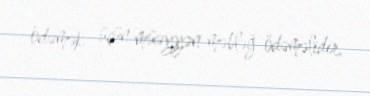
ödəmək üçün müəyyən məbləğ ödəməlidir.